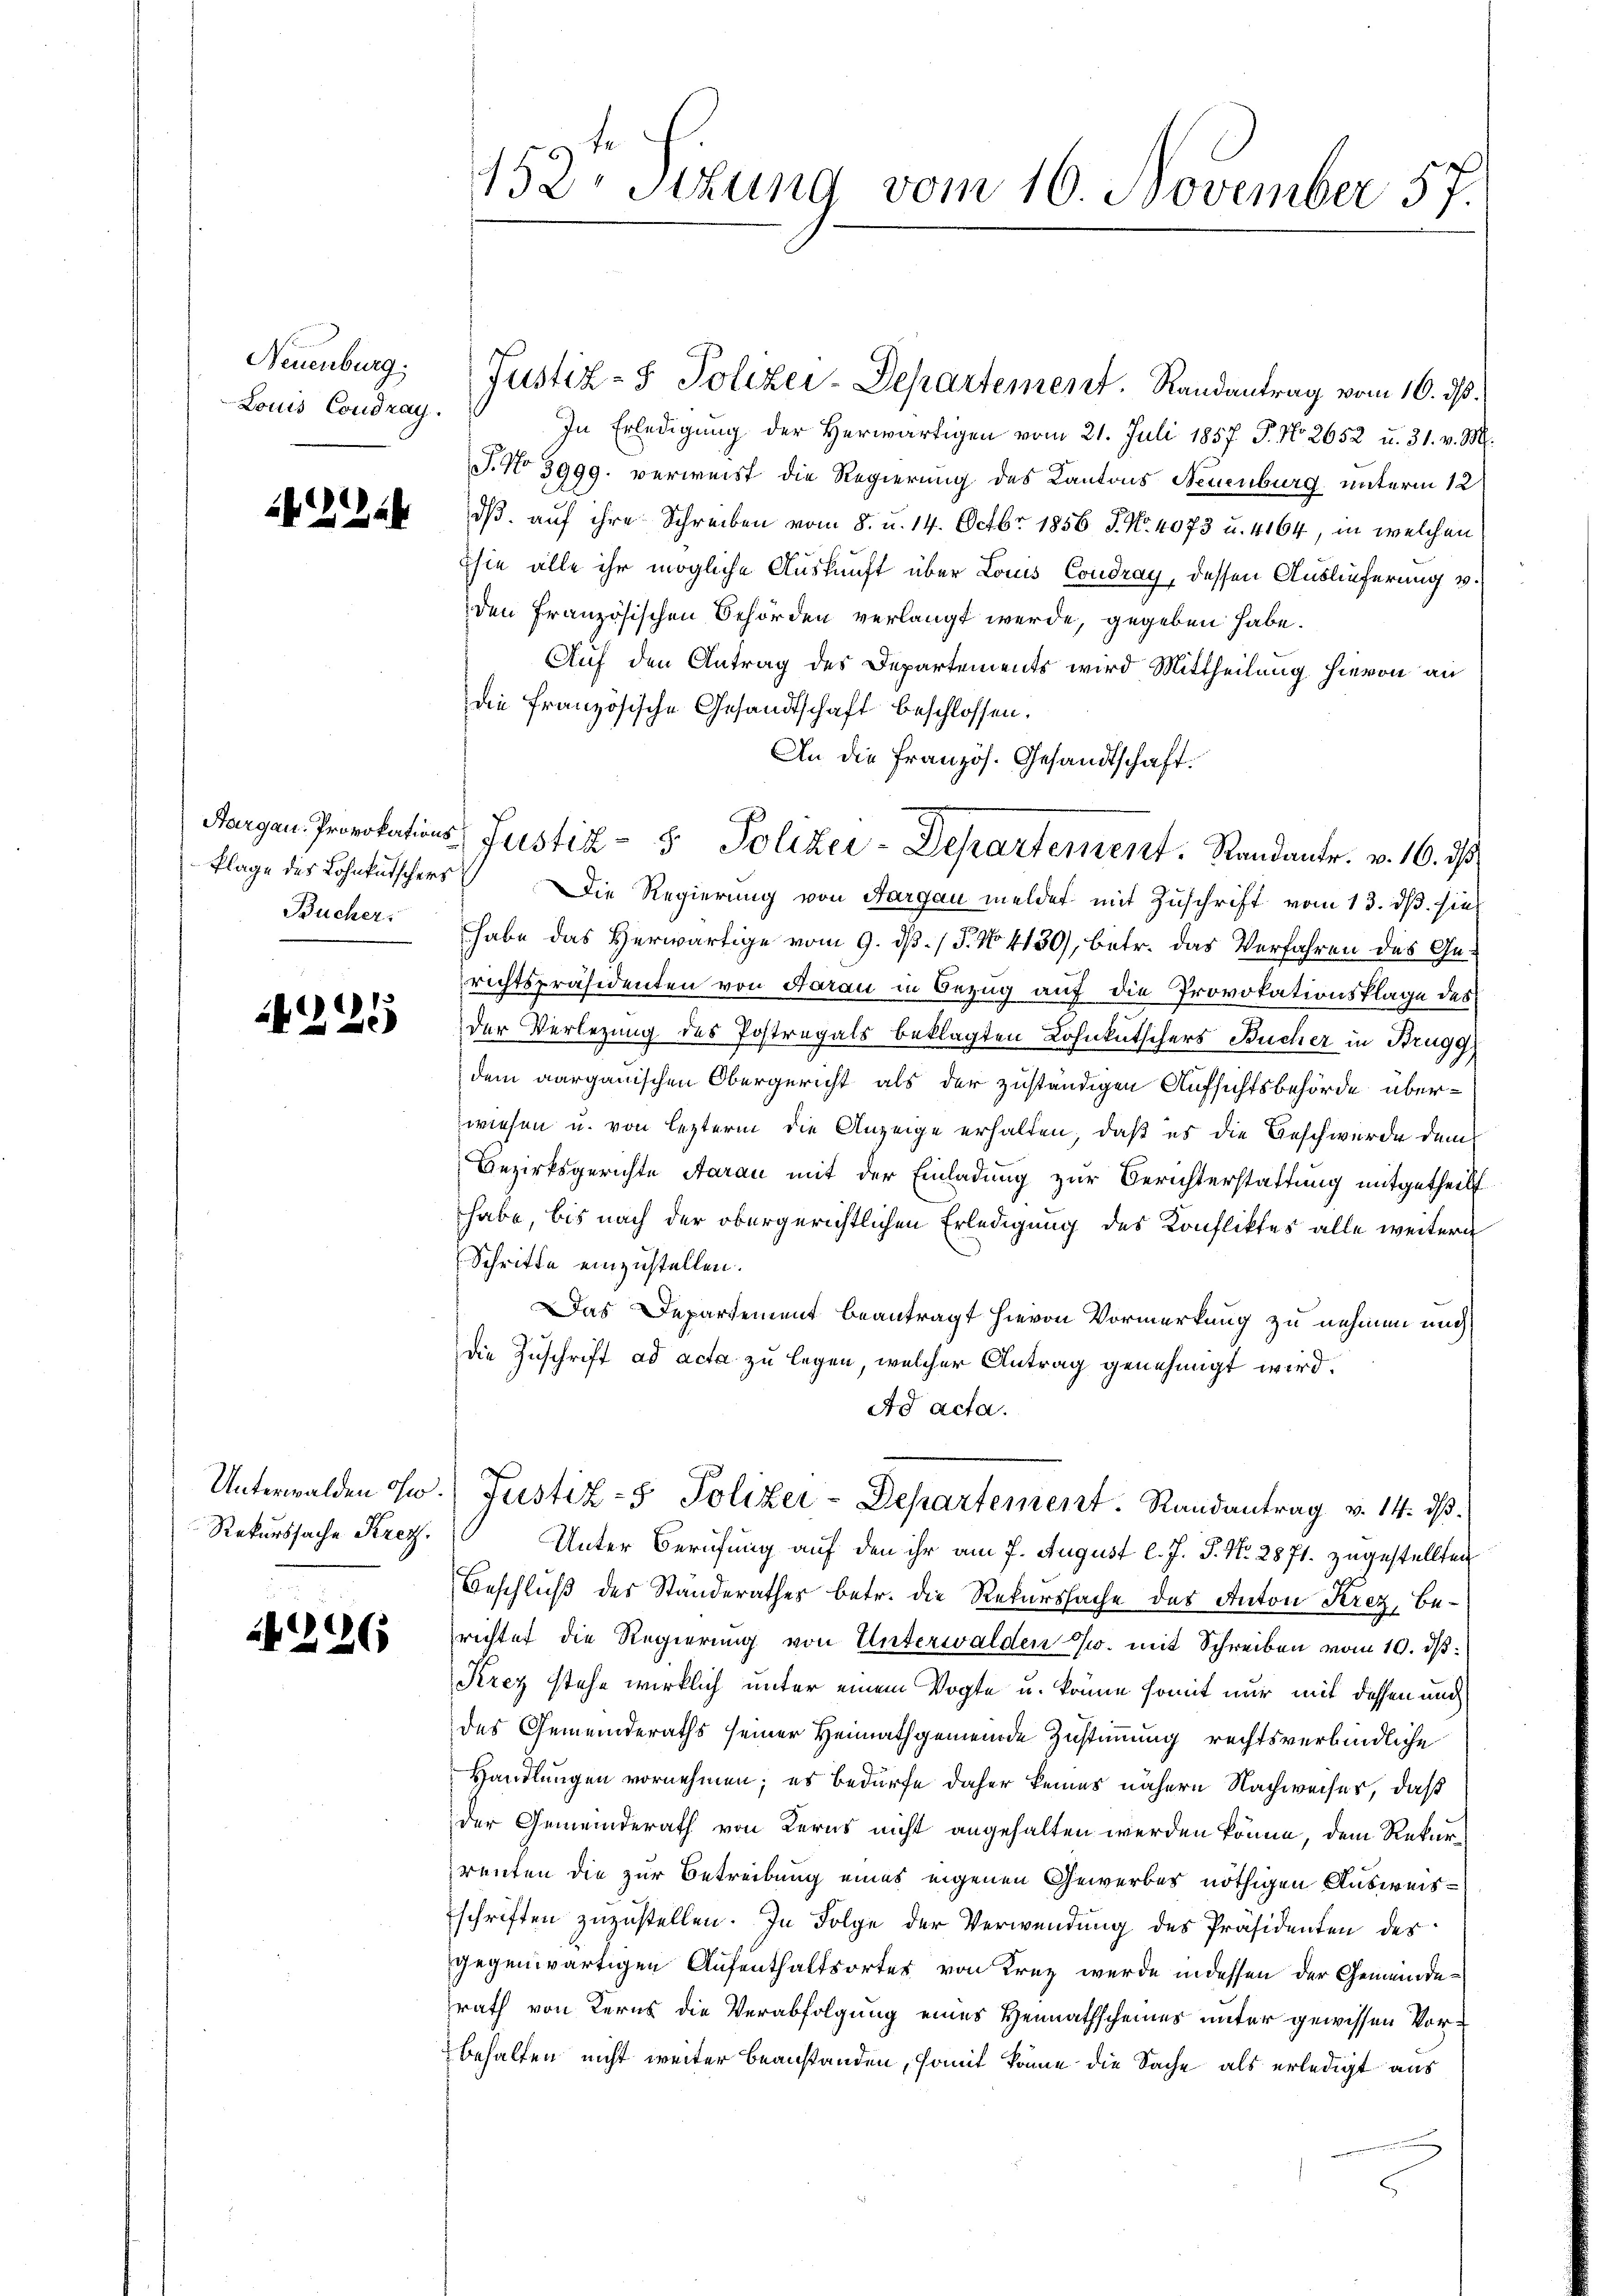
Neuenburg.
Louis Condray.

2244

Plage des Lohnkutschers
Bucher,

d
242.

Unterwalden ohn
Rekurssache Krez.

226

152. Sitzung vom 10. November 57.

In Erledigung der herwärtigen vom 21. Juli 1857 P. No 2652 u. 31. v. M.
J. No 3999. verweist die Regierung des Kantons Neuenburg unterm 12
dß auf ihre Schreiben vom 8. u. 14. Octbr. 1856 J. No. 4073 u. 4164, in welchen
sie alle ihr mögliche Auskunft über Louis Condray, dessen Auslieferung v.
den Französischen Behörden verlangt werde, gegeben habe.
Auf den Antrag des Departements wird Mittheilung hievon an
die französische Gesandtschaft beschlossen.
An die Französ. Gesandtschaft.
Die Regierung von Aargau meldet mit Zuschrift vom 13. ds. sie
habe das Herwärtige vom 9. dß. / 5. No 4130), betr. das Verfahren des Gerichtspräsidenten von Aarau in Bezug auf die Provokationsklage des
der Verlegung des Postregals beklagten Lohnkutschers Bucher in Brugg
dem aargauischen Obergericht als der zuständigen Aufsichtsbehörde überwiesen u. von lezterm die Anzeige erhalten, daß es die Geschwerde dem
Bezirksgerichte Aarau mit der Einladung zur Berichterstattung mitgetheilt
habe, bis nach der obergerichtlichen Erledigung des Konfliktes alle weitern
Schritte einzustellen.
Das Departement beantragt hievon Vormerkung zu nehmen und
die Zuschrift ad acta zu legen, welcher Antrag genehmigt wird.
Ad acta.
) Justiz- & Polizei-Departement. Randantrag v. 14. ds.
Unter Berufung auf den ihr am 7. August l. J. J. N. 2871. zugestellten
Beschluß des Standerathes betr. die Rekurssache des Anton Krez, Berichtet die Regierung von Unterwalden u. mit Schreiben vom 10. dß.
Krez stehe wirklich unter einem Vogte u. könne somit nur mit dessen und
des Gemeinderaths seiner Heimathgemeinde Zustimmung rechtsverbindliche
Handlungen vornehmen; es bedürfe daher keines nähern Nachweises, daß
der Gemeinderath von Kerns nicht angehalten werden könne, dem Rekurrenten die zur Betreibung eines eigenen Gewerbes nöthigen Ausweisschriften zuzustellen. In Folge der Verwendung des Präsidenten der
gegenwärtigen Aufenthaltsorter von Krez wurde in dessen der Gemeinderath von Kerns die Verabfolgung eines Heimathscheines unter gewissen Vorbehalten nicht weiter beanstanden, somit könne die Sache als erledigt aus

Justiz- & Polizei-Departement. Randantrag vom 16. ds.

Bargen Provokations- Justiz- & Polizei-Departement. Standantr. v. 16. ds.